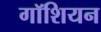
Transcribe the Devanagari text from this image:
गॉशियन